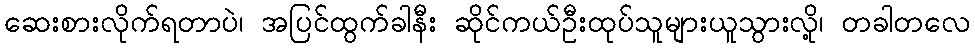
ဆေးစားလိုက်ရတာပဲ၊ အပြင်ထွက်ခါနီး ဆိုင်ကယ်ဦးထုပ်သူများယူသွားလို့၊ တခါတလေ